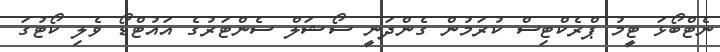
ނެޓްބޯޅަ ޓީމު ޕްރެކްޓިސް ކުރަމުން ގެންދަނީ ސޯޝަލް ސެންޓަރުގެ އައުޓްޑޯ ވެލި ކޯޓުގަ